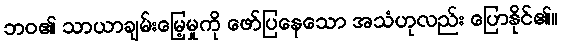
ဘဝ၏ သာယာချမ်းမြေ့မှုကို ဖော်ပြနေသော အသံဟုလည်း ပြောနိုင်၏။